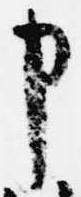
申